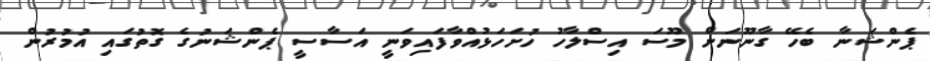
ޕެންޝަނާ ބެހޭ ގާނޫނަށް މޫސަ އިސްލާހު ހުށަހަޅުއްވާފައިވަނީ އަސާސީ ޕެންޝަނުގެ ގޮތުގައި އުމުރުން